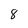
Character: 8